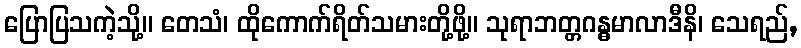
ပြောပြသကဲ့သို့။ တေသံ၊ ထိုကောက်ရိတ်သမားတို့ဖို့။ သုရာဘတ္တဂန္ဓမာလာဒီနိ၊ သေရည်,